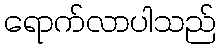
ရောက်လာပါသည်